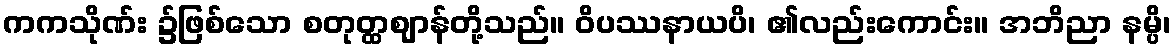
ကကသိုဏ်း ၌ဖြစ်သော စတုတ္ထဈာန်တို့သည်။ ဝိပဿနာယပိ၊ ၏လည်းကောင်း။ အဘိညာ နမ္ပိ၊